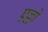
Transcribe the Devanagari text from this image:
एल्लो